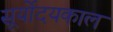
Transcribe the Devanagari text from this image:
सूर्योदयकाल